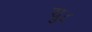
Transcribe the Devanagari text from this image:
यु८